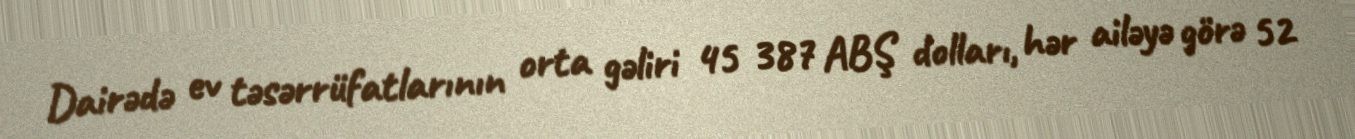
Dairədə ev təsərrüfatlarının orta gəliri 45 387 ABŞ dolları, hər ailəyə görə 52